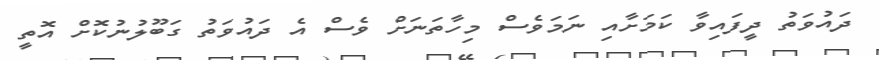
ދައުވަތު ދީފައިވާ ކަމަށާއި ނަމަވެސް މިހާތަނަށް ވެސް އެ ދައުވަތު ގަބޫލުނުކޮށް އޮތީ